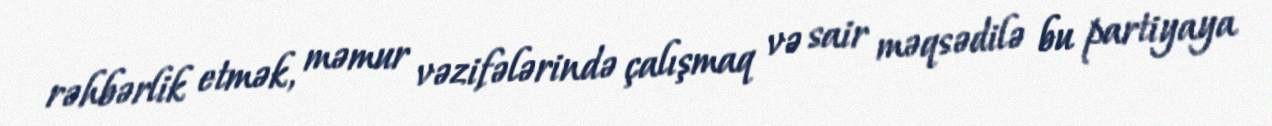
rəhbərlik etmək, məmur vəzifələrində çalışmaq və sair məqsədilə bu partiyaya